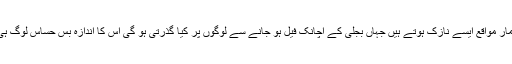
اِسی طرح بے شمار مواقع ایسے نازک ہوتے ہیں جہاں بجلی کے اچانک فیل ہو جانے سے لوگوں پر کیا گذرتی ہو گی اس کا اندازہ بس حسّاس لوگ ہی لگا سکتے ہیں ۔